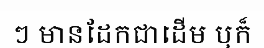
ៗ មានដែកជាដើម ឬក៏